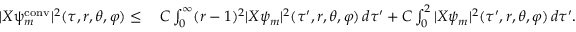
\begin{array} { r l } { | X \uppsi _ { m } ^ { \mathrm { c o n v } } | ^ { 2 } ( \tau , r , \theta , \varphi ) \leq } & { \: C \int _ { 0 } ^ { \infty } ( r - 1 ) ^ { 2 } | X \psi _ { m } | ^ { 2 } ( \tau ^ { \prime } , r , \theta , \varphi ) \, d \tau ^ { \prime } + C \int _ { 0 } ^ { 2 } | X \psi _ { m } | ^ { 2 } ( \tau ^ { \prime } , r , \theta , \varphi ) \, d \tau ^ { \prime } . } \end{array}